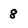
Character: 8